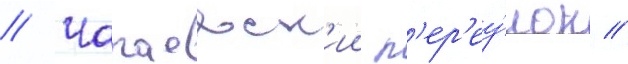
// Чапаевск'ии п'ер'еу́лок //